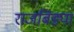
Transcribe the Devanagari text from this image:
राजबिंड्या